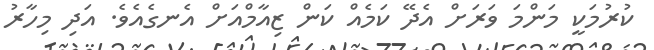
ކުރުމަކީ މަންމަ ވަރަށް އެދޭ ކަމެއް ކަން ޒިއާމްއަށް އެނގެއެވެ. އަދި މިހާރު